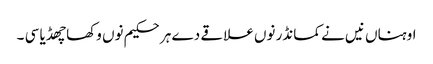
اوہناں نیں نے کمانڈر نوں علاقے دے ہر حکیم نوں وکھا چھڈیا سی ۔